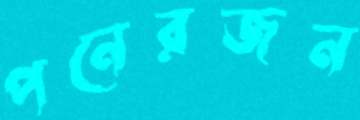
পনেরজন